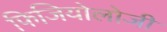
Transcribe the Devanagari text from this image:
फिजियोलोजी